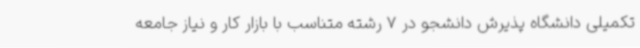
تکمیلی دانشگاه پذیرش دانشجو در 7 رشته متناسب با بازار کار و نیاز جامعه